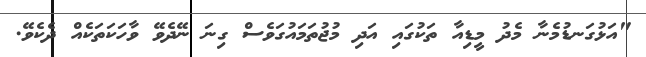
"އަޅުގަނޑުމެނާ މެދު މީޑިއާ ތަކުގައި އަދި މުޖުތަމައުގަވެސް ގިނަ ނޭދެވޭ ވާހަކަތަކެއް ދެކެވޭ.